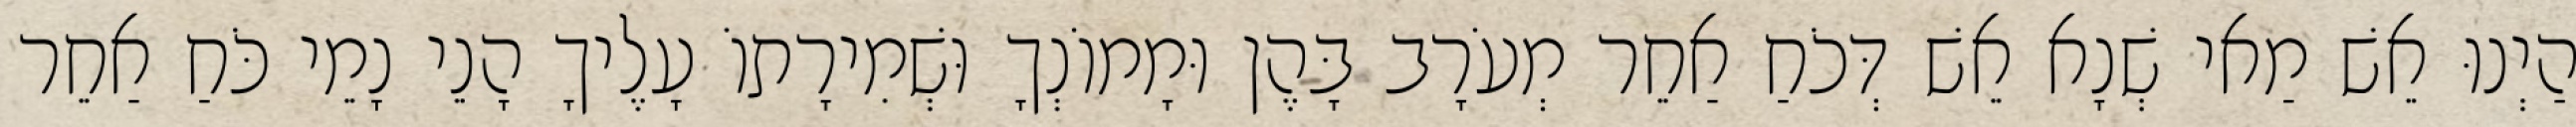
הַיְנוּ אֵשׁ מַאי שְׁנָא אֵשׁ דְּכֹחַ אַחֵר מְעֹרָב בָּהֶן וּמָמוֹנְךָ וּשְׁמִירָתוֹ עָלֶיךָ הָנֵי נָמֵי כֹּחַ אַחֵר